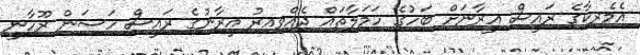
އެމެރިކާގެ ރައީސް އީރާނަށް ބަހުގެ ހަމަލާތައް ދެއްވިއިރު އީރާނުގެ ރައީސް ހަސަން ރޫހާނީ